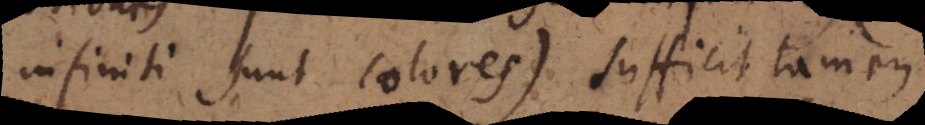
infiniti sunt colores), sufficit tamen